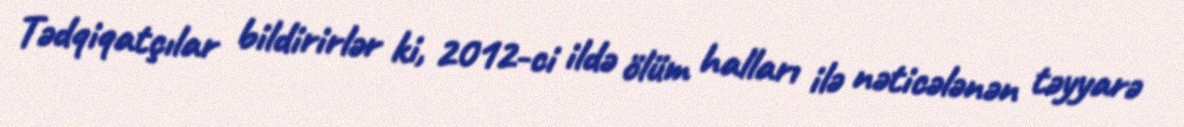
Tədqiqatçılar bildirirlər ki, 2012-ci ildə ölüm halları ilə nəticələnən təyyarə